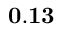
{ \bf 0 . 1 3 }